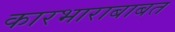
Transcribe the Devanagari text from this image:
कारभाराबाबत